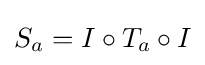
S_{a}=I\circ T_{a}\circ I